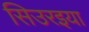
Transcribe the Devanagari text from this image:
सिउरइया